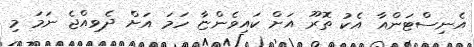
އެނިސްޓަންއާ އެކު ތޮރޫ އަށް ކައިވެންޏާ ހަމަ އަށް ދެވިއްޖެ ނަމަ މި